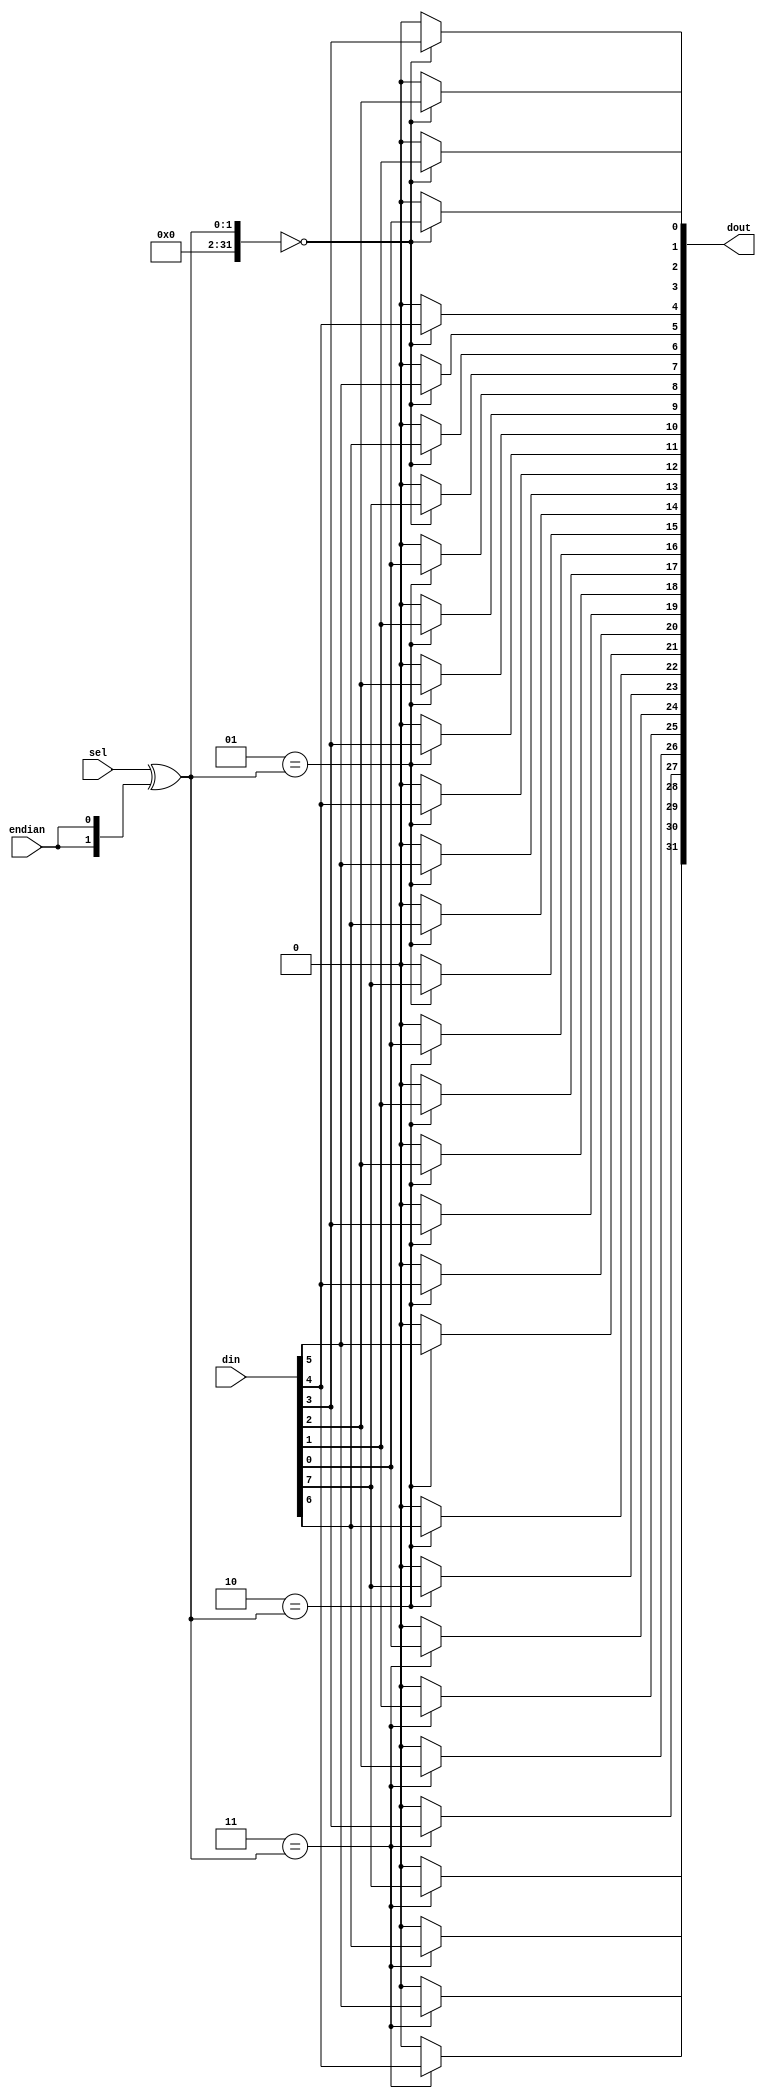
// ---------------------------------------------------------------------------
//  Jelly  -- The platform for real-time computing
//
//                                 Copyright (C) 2008-2020 by Ryuji Fuchikami
//                                 https://github.com/ryuz/jelly.git
// ---------------------------------------------------------------------------



`timescale 1ns / 1ps
`default_nettype none


// demultiplexer
module jelly_demultiplexer
        #(
            parameter   SEL_WIDTH = 2,
            parameter   NUM       = (1 << SEL_WIDTH),
            parameter   IN_WIDTH  = 8,
            parameter   OUT_WIDTH = (IN_WIDTH  * NUM),
            
            parameter   SEL_BITS  = SEL_WIDTH > 0 ? SEL_WIDTH : 1
        )
        (
            input   wire                        endian,
            input   wire    [SEL_BITS-1:0]      sel,
            input   wire    [IN_WIDTH-1:0]      din,
            output  wire    [OUT_WIDTH-1:0]     dout
        );
    
    generate
    if ( SEL_WIDTH > 0 ) begin
        reg     [OUT_WIDTH-1:0]     sig_dout;
        
        integer i;
        integer j;
        always @* begin
            sig_dout = {OUT_WIDTH{1'b0}};
            for ( i = 0; i < NUM; i = i + 1 ) begin
                if ( i == (sel ^ {SEL_WIDTH{endian}}) ) begin
                    for ( j = 0; j < IN_WIDTH; j = j + 1 ) begin
                        sig_dout[IN_WIDTH*i + j] = din[j];
                    end
                end
            end
        end
        assign dout = sig_dout;
    end
    else begin
        assign dout = din;
    end
    endgenerate
    
endmodule


`default_nettype wire


// end of file